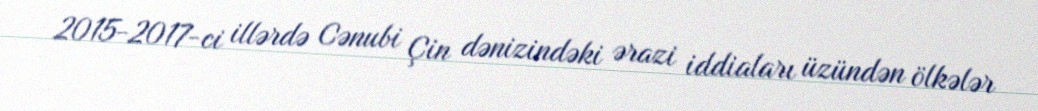
2015-2017-ci illərdə Cənubi Çin dənizindəki ərazi iddiaları üzündən ölkələr